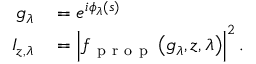
\begin{array} { r l } { g _ { \lambda } } & { { } = e ^ { i \phi _ { \lambda } \left( s \right) } } \\ { I _ { z , \lambda } } & { { } = \left| f _ { \mathrm { ~ p ~ r ~ o ~ p ~ } } \left( g _ { \lambda } , z , \lambda \right) \right| ^ { 2 } . } \end{array}